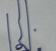
Signature authenticity: genuine